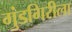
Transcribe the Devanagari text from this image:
गुंडगिरीला